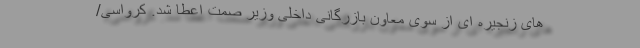
های زنجیره ای از سوی معاون بازرگانی داخلی وزیر صمت اعطا شد. کرواسی/